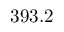
3 9 3 . 2